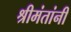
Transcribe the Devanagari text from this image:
श्रीमंतांनी